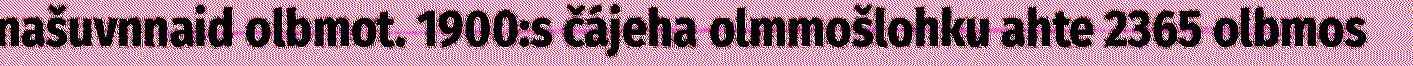
našuvnnaid olbmot. 1900:s čájeha olmmošlohku ahte 2365 olbmos